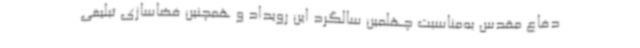
دفاع مقدس به‌مناسبت چهلمین سالگرد این رویداد و همچنین فضاسازی تبلیغی